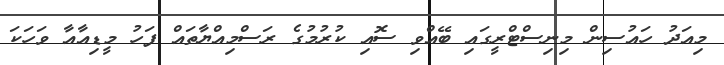
މިއަދު ހައުސިން މިނިސްޓްރީގައި ބޭއްވި ސޮއި ކުރުމުގެ ރަސްމިއްޔާތައް ފަހު މީޑިއާއާ ވަހަކަ